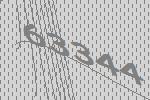
63344